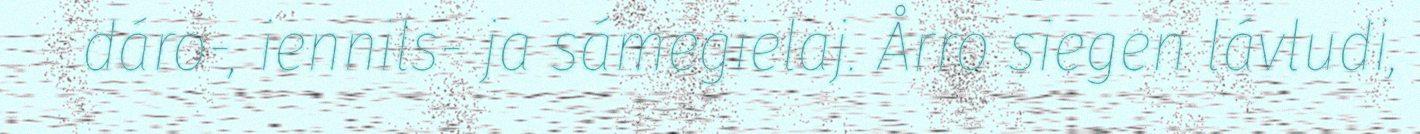
dáro-, iennils- ja sámegielaj. Årro siegen lávludi,